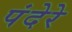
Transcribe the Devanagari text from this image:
पंदेरे